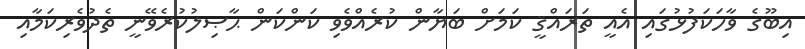
އިބޫގެ ވާހަކަފުޅުގައި އެއީ ތަރައްޤީ ކަމަށް ބަޔާން ކުރެއްވެވި ކަންކަން ޙާޞިލުކުރެވޭނީ ތެދުވެރިކަމާއި